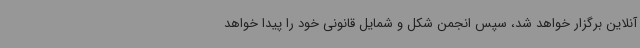
آنلاین برگزار خواهد شد، سپس انجمن شکل و شمایل قانونی خود را پیدا خواهد